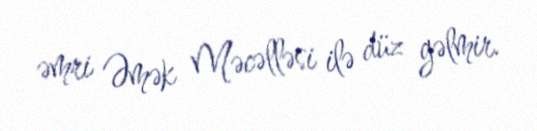
əmri Əmək Məcəlləsi ilə düz gəlmir.